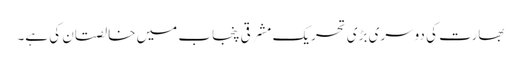
بھارت کی دوسری بڑی تحریک مشرقی پنجاب میں خالصتان کی ہے۔